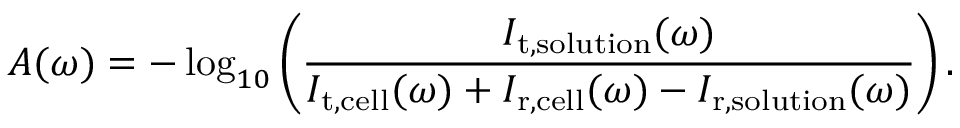
A ( \omega ) = - \log _ { 1 0 } \left( \frac { I _ { \mathrm { t , s o l u t i o n } } ( \omega ) } { I _ { \mathrm { t , c e l l } } ( \omega ) + I _ { \mathrm { r , c e l l } } ( \omega ) - I _ { \mathrm { r , s o l u t i o n } } ( \omega ) } \right) .